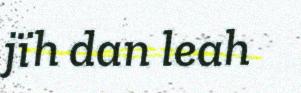
jïh dan leah